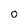
Character: O